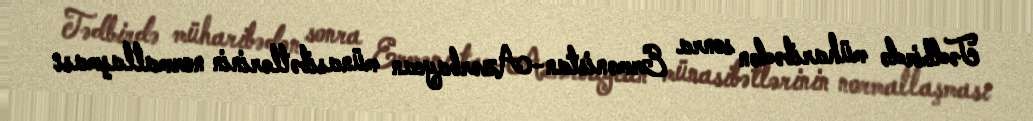
Tədbirdə müharibədən sonra Ermənistan-Azərbaycan münasibətlərinin normallaşması